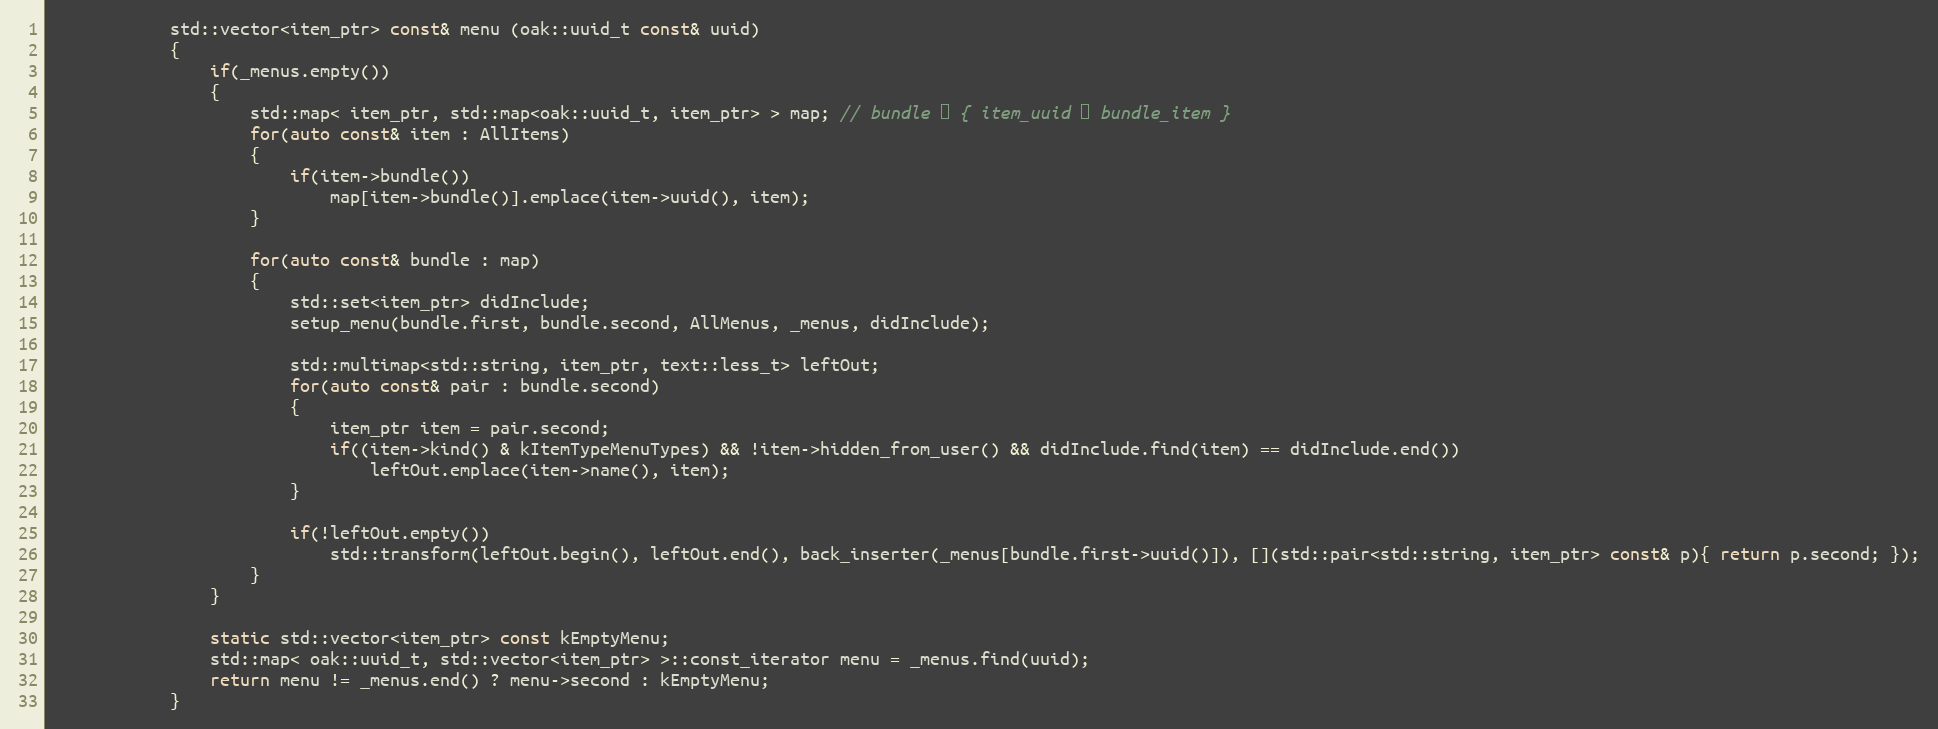
Language: C++
			std::vector<item_ptr> const& menu (oak::uuid_t const& uuid)
			{
				if(_menus.empty())
				{
					std::map< item_ptr, std::map<oak::uuid_t, item_ptr> > map; // bundle → { item_uuid → bundle_item }
					for(auto const& item : AllItems)
					{
						if(item->bundle())
							map[item->bundle()].emplace(item->uuid(), item);
					}

					for(auto const& bundle : map)
					{
						std::set<item_ptr> didInclude;
						setup_menu(bundle.first, bundle.second, AllMenus, _menus, didInclude);

						std::multimap<std::string, item_ptr, text::less_t> leftOut;
						for(auto const& pair : bundle.second)
						{
							item_ptr item = pair.second;
							if((item->kind() & kItemTypeMenuTypes) && !item->hidden_from_user() && didInclude.find(item) == didInclude.end())
								leftOut.emplace(item->name(), item);
						}

						if(!leftOut.empty())
							std::transform(leftOut.begin(), leftOut.end(), back_inserter(_menus[bundle.first->uuid()]), [](std::pair<std::string, item_ptr> const& p){ return p.second; });
					}
				}

				static std::vector<item_ptr> const kEmptyMenu;
				std::map< oak::uuid_t, std::vector<item_ptr> >::const_iterator menu = _menus.find(uuid);
				return menu != _menus.end() ? menu->second : kEmptyMenu;
			}